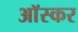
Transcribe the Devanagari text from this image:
आॅस्कर